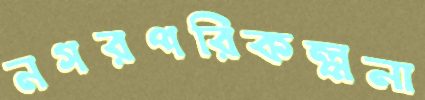
নগরপরিকল্পনা